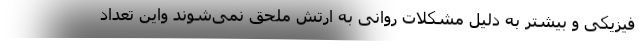
فیزیکی و بیشتر به دلیل مشکلات روانی به ارتش ملحق نمی‌شوند واین تعداد